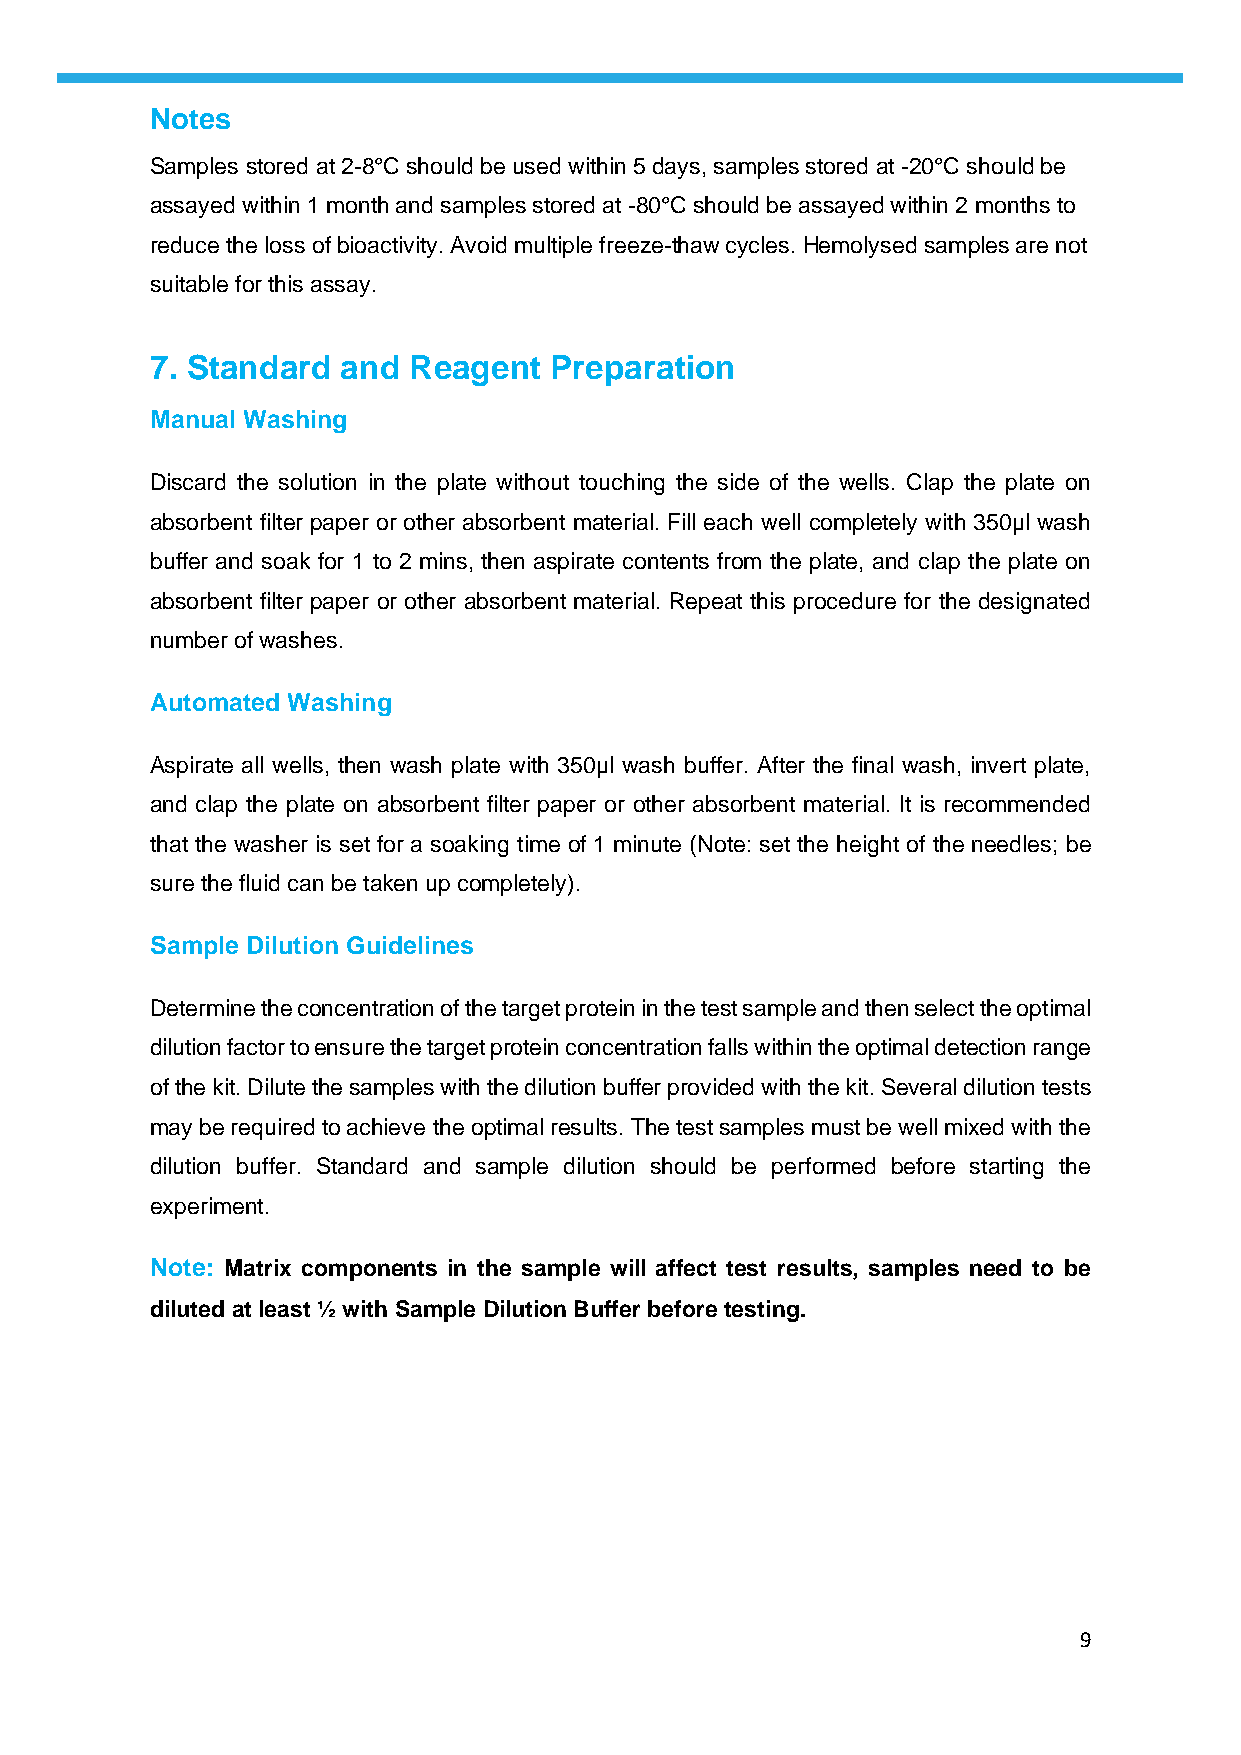
Notes
 Samples stored at 2-8°C should be used within 5 days, samples stored at -20°C should be
 assayed within 1 month and samples stored at -80°C should be assayed within 2 months to
 reduce the loss of bioactivity. Avoid multiple freeze-thaw cycles. Hemolysed samples are not
 suitable for this assay.
 7. Standard  and Reagent  Preparation
 Manual Washing
 Discard the solution in the plate without touching the side of the wells. Clap the plate on
 absorbent filter paper or other absorbent material. Fill each well completely with 350µl wash
 buffer and soak for 1 to 2 mins, then aspirate contents from the plate, and clap the plate on
 absorbent filter paper or other absorbent material. Repeat this procedure for the designated
 number of washes.
 Automated Washing
 Aspirate all wells, then wash plate with 350µl wash buffer. After the final wash, invert plate,
 and clap the plate on absorbent filter paper or other absorbent material. It is recommended
 that the washer is set for a soaking time of 1 minute (Note: set the height of the needles; be
 sure the fluid can be taken up completely).
 Sample Dilution Guidelines
 Determine the concentration of the target protein in the test sample and then select the optimal
 dilution factor to ensure the target protein concentration falls within the optimal detection range
 of the kit. Dilute the samples with the dilution buffer provided with the kit. Several dilution tests
 may be required to achieve the optimal results. The test samples must be well mixed with the
 dilution buffer. Standard and sample dilution should be performed before starting the
 experiment.
 Note: Matrix components in the sample will affect test results, samples need to be
 diluted at least ½ with Sample Dilution Buffer before testing.
 9